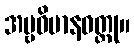
အမ္ဗဝိမာနဝတ္ထု။